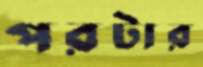
পরটার